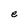
Character: e